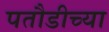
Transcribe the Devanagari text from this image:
पतौडीच्या